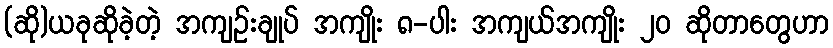
(ဆို)ယခုဆိုခဲ့တဲ့ အကျဉ်းချုပ် အကျိုး ၈-ပါး အကျယ်အကျိုး ၂၀ ဆိုတာတွေဟာ